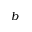
b